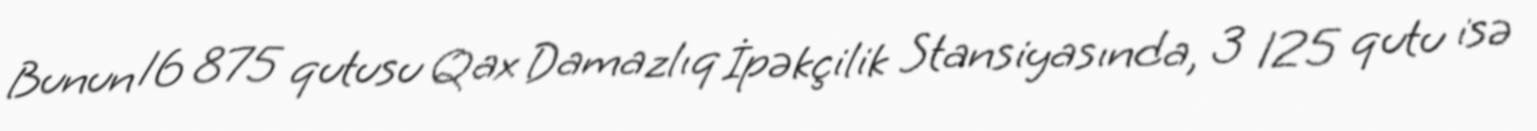
Bunun 16 875 qutusu Qax Damazlıq İpəkçilik Stansiyasında, 3 125 qutu isə